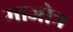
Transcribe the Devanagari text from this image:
माजोत्र